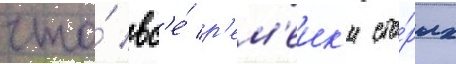
что́ вс'е́ р'ем'еик'и ста́рых